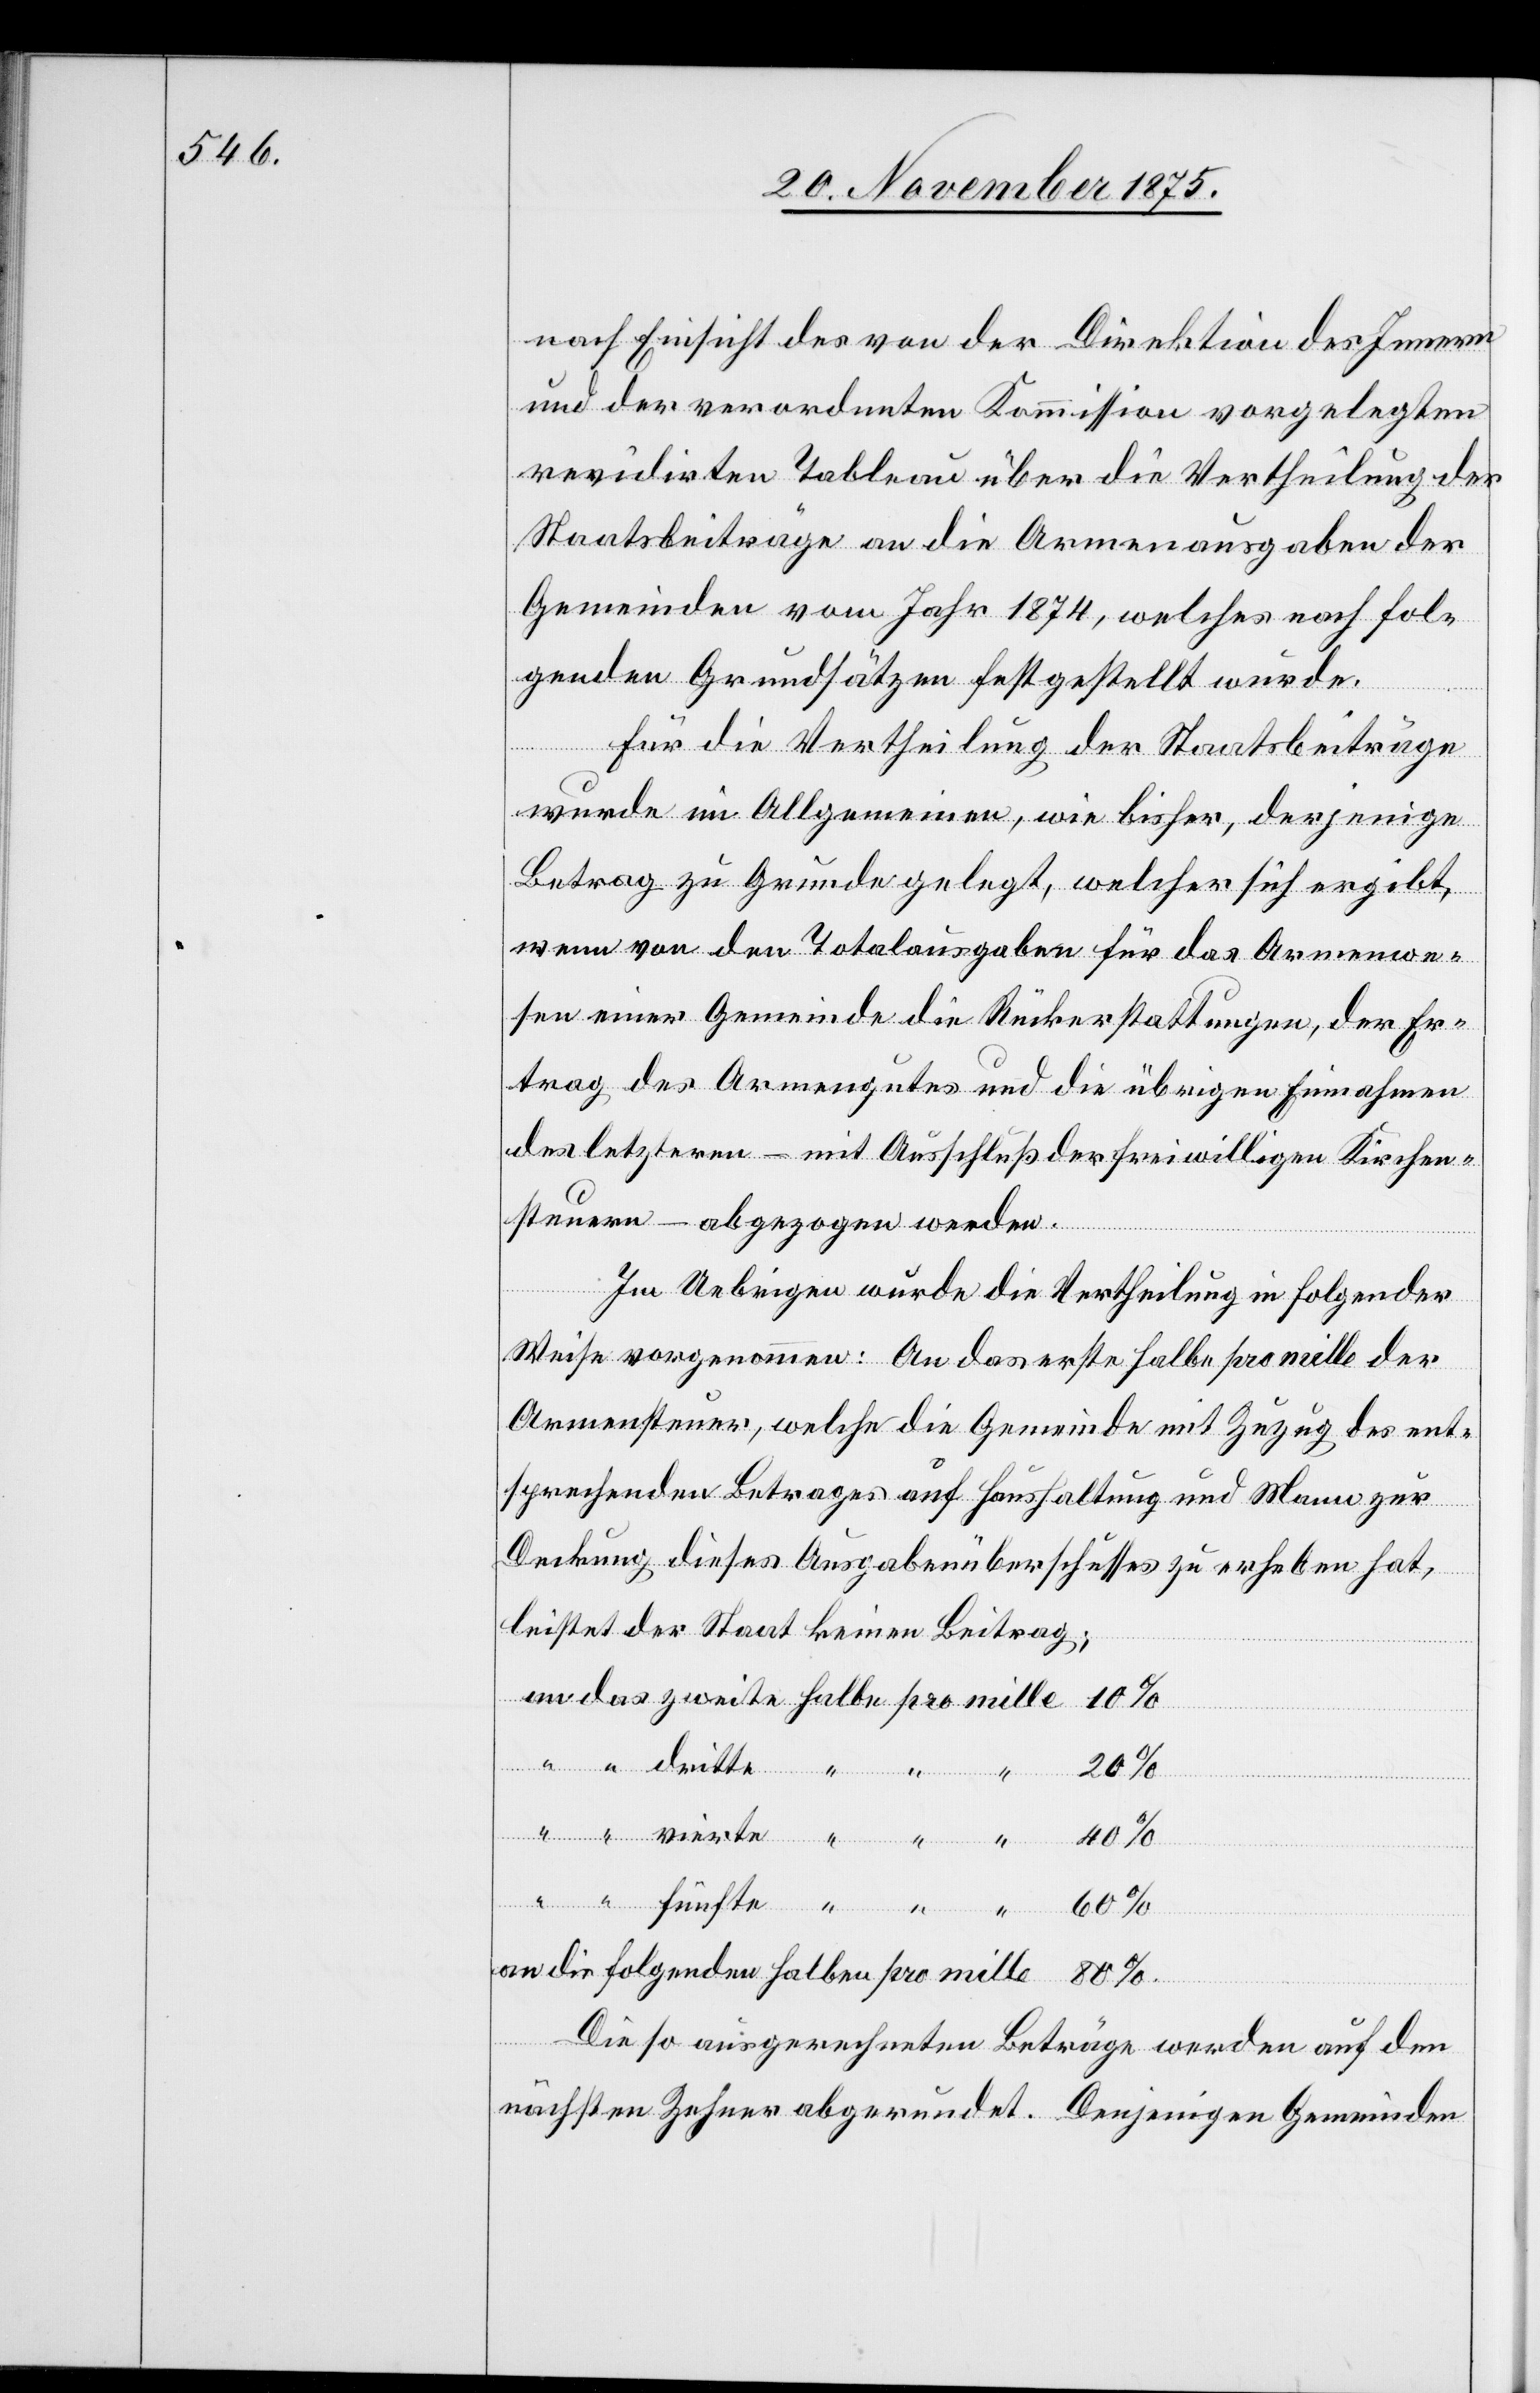
nach Einsicht des von der Direktion des Innern
und der verordneten Kommission vorgelegten
revidirten Tableau über die Vertheilung der
Staatsbeiträge an die Armenausgaben der
Gemeinden vom Jahr 1874, welches nach fol¬
genden Grundsätzen festgestellt wurde.
Für die Vertheilung der Staatsbeiträge
wurde im Allgemeinen, wie bisher, derjenige
Betrag zu Grunde gelegt, welcher sich ergibt,
wenn von den Totalausgaben für das Armenwe¬
sen einer Gemeinde die Rückerstattungen, der Er¬
trag des Armengutes und die übrigen Einnahmen
des letzteren – mit Ausschluß der freiwilligen Kirchen¬
steuern – abgezogen werden.
Im Uebrigen wurde die Vertheilung in folgender
Weise vorgenommen: An das erste halbe pro mille der
Armensteuer, welche die Gemeinde mit Zuzug des ent¬
sprechenden Betrages auf Haushaltung und Mann zur
Deckung dieses Ausgabenüberschusses zu erheben hat,
“
leistet der Staat keinen Beitrag;
an die folgenden halben pro mille
Die so ausgerechneten Beträge werden auf den
nächsten Zehner abgerundet. Diejenigen Gemeinden